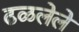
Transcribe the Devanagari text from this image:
ढळलेले